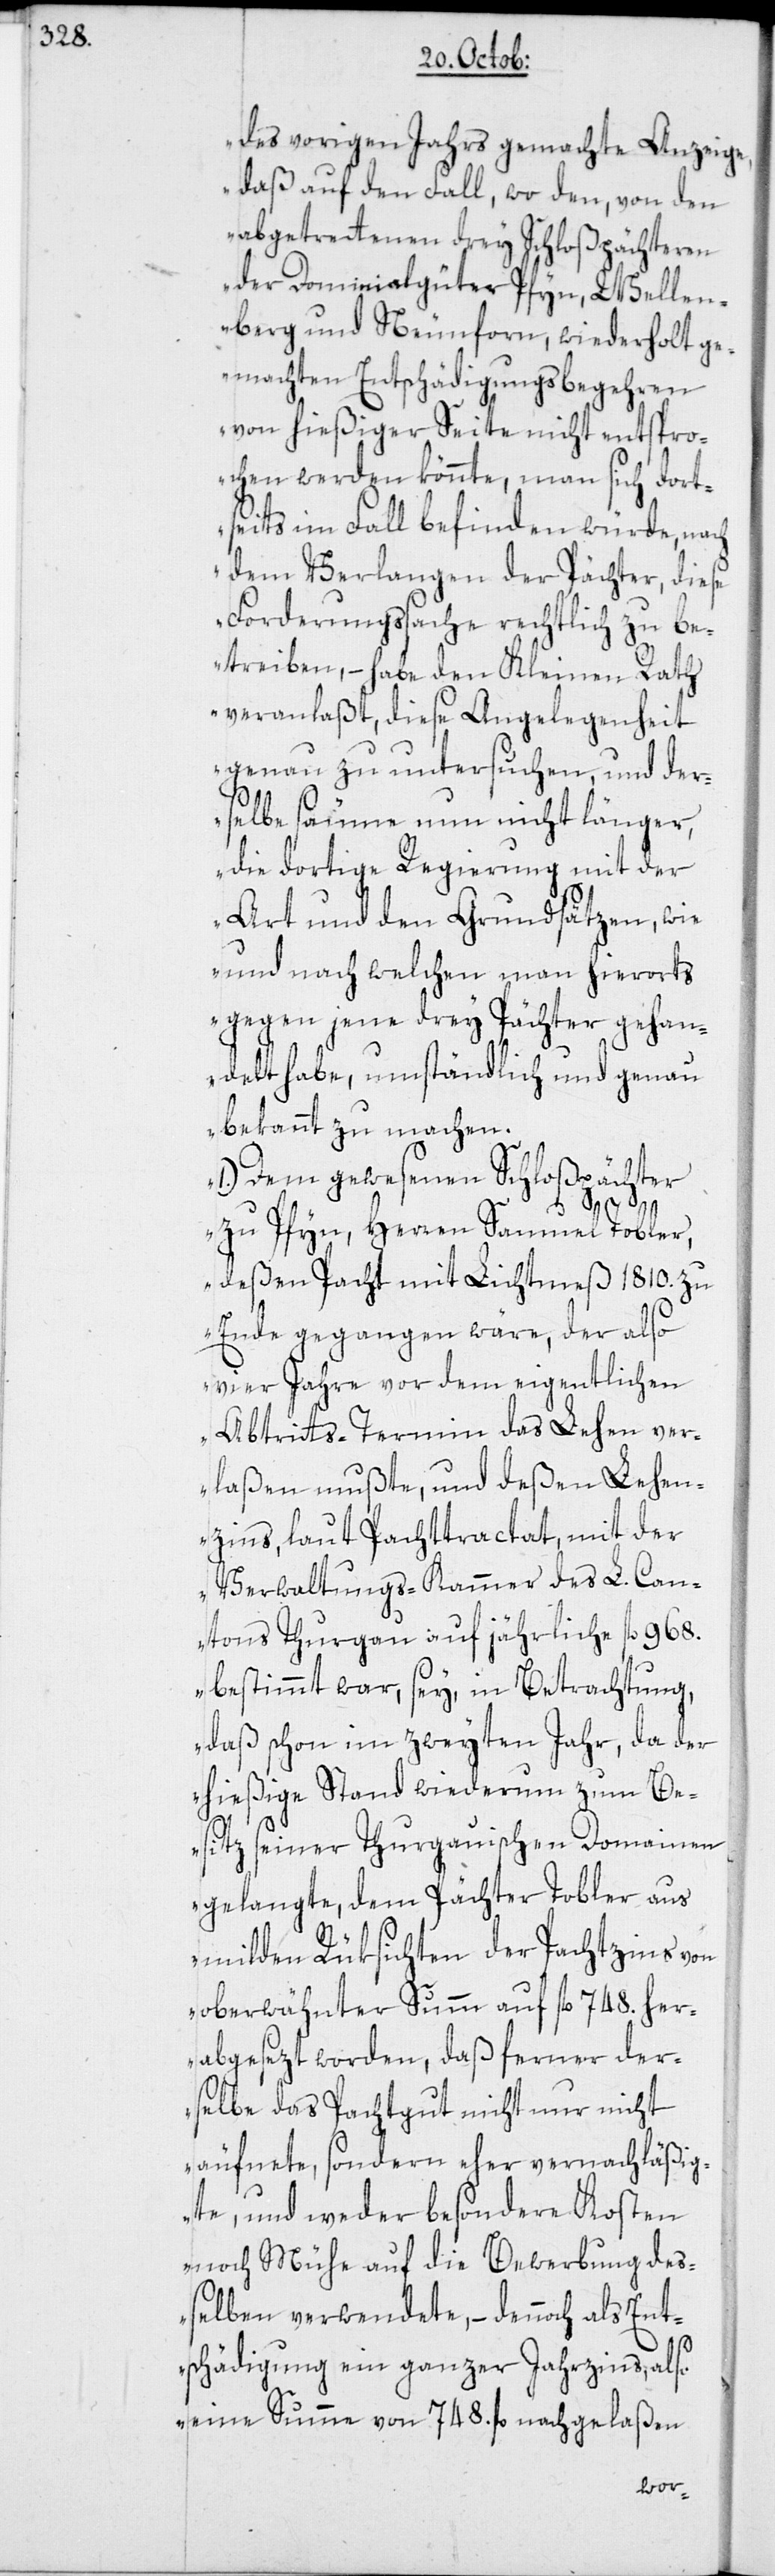
des vorigen Jahrs gemachte Anzeige,
daß auf den Fall, wo den, von den
abgetrettenen drey Schloßpächteren
der Dominialgüter Pfyn, Wellen¬
berg und Neunforn, wiederholt ge¬
machten Entschädigungsbegehren
von hießiger Seite nicht entspro¬
chen werden könnte, man sich dort¬
seits im Fall befinden würde, nach
dem Verlangen der Pächter, diese
Forderungssache rechtlich zu be¬
treiben, – habe der Kleine Rath
veranlaßt, diese Angelegenheit
genau zu untersuchen, und der¬
selbe säume nun nicht länger,
die dortige Regierung mit der
Art und den Grundsätzen, wie
und nach welchen man hierorts
gegen jene drey Pächter gehan¬
delt habe, umständlich und genau
bekannt zu machen.
1.) Dem gewesenen Schloßpächter
zu Pfyn, Herren Samuel Tobler,
deßen Pacht mit Lichtmeß 1810. zu
Ende gegangen wäre, der also
vier Jahre vor dem eigentlichen
Abtritts-Termin das Lehen ver¬
laßen mußte, und deßen Lehen¬
zins, laut Pachttractat, mit der
Verwaltungs-Kammer des L. Can¬
tons Thurgau auf jährliche fl. 968.
bestimmt war, sey, in Betrachtung,
daß schon im zweyten Jahr, da der
hießige Stand wiederum zum Be¬
sitz seiner Thurgauischen Domainen
gelangte, dem Pächter Tobler aus
milden Rüksichten der Pachtzins von
oberwähnter Summ auf fl. 748. her¬
abgesezt worden, daß ferner der¬
selbe das Pachtgut nicht nur nicht
äufnete, sondern eher vernachläßig¬
te, und weder besondere Kosten
noch Mühe auf die Bewerbung deß¬
elben verwendete, – dennoch als Ent¬
schädigung ein ganzer Jahrzins, also
eine Summe von 784. fl. nachgelaßen